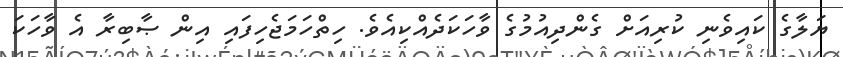
ޔަލާގެ ކައިވެނި ކުރިއަށް ގެންދިއުމުގެ ވާހަކަދެއްކިއެވެ. ހިތްހަމަޖެހިފައި އިން ޞާބިރާ އެ ވާހަކަ